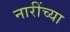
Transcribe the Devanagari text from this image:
नारींच्या